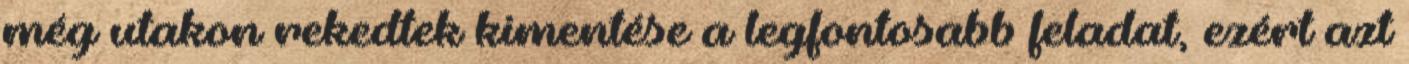
még utakon rekedtek kimentése a legfontosabb feladat, ezért azt